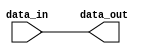
module cmos_buffer(
    input wire data_in,
    output reg data_out
);

always @ (data_in)
begin
    data_out <= data_in;
end

endmodule